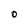
Character: O